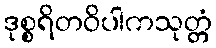
ဒုစ္စရိတဝိပါကသုတ္တံ